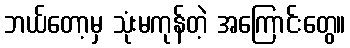
ဘယ်တော့မှ သုံးမကုန်တဲ့ အကြောင်းတွေ။